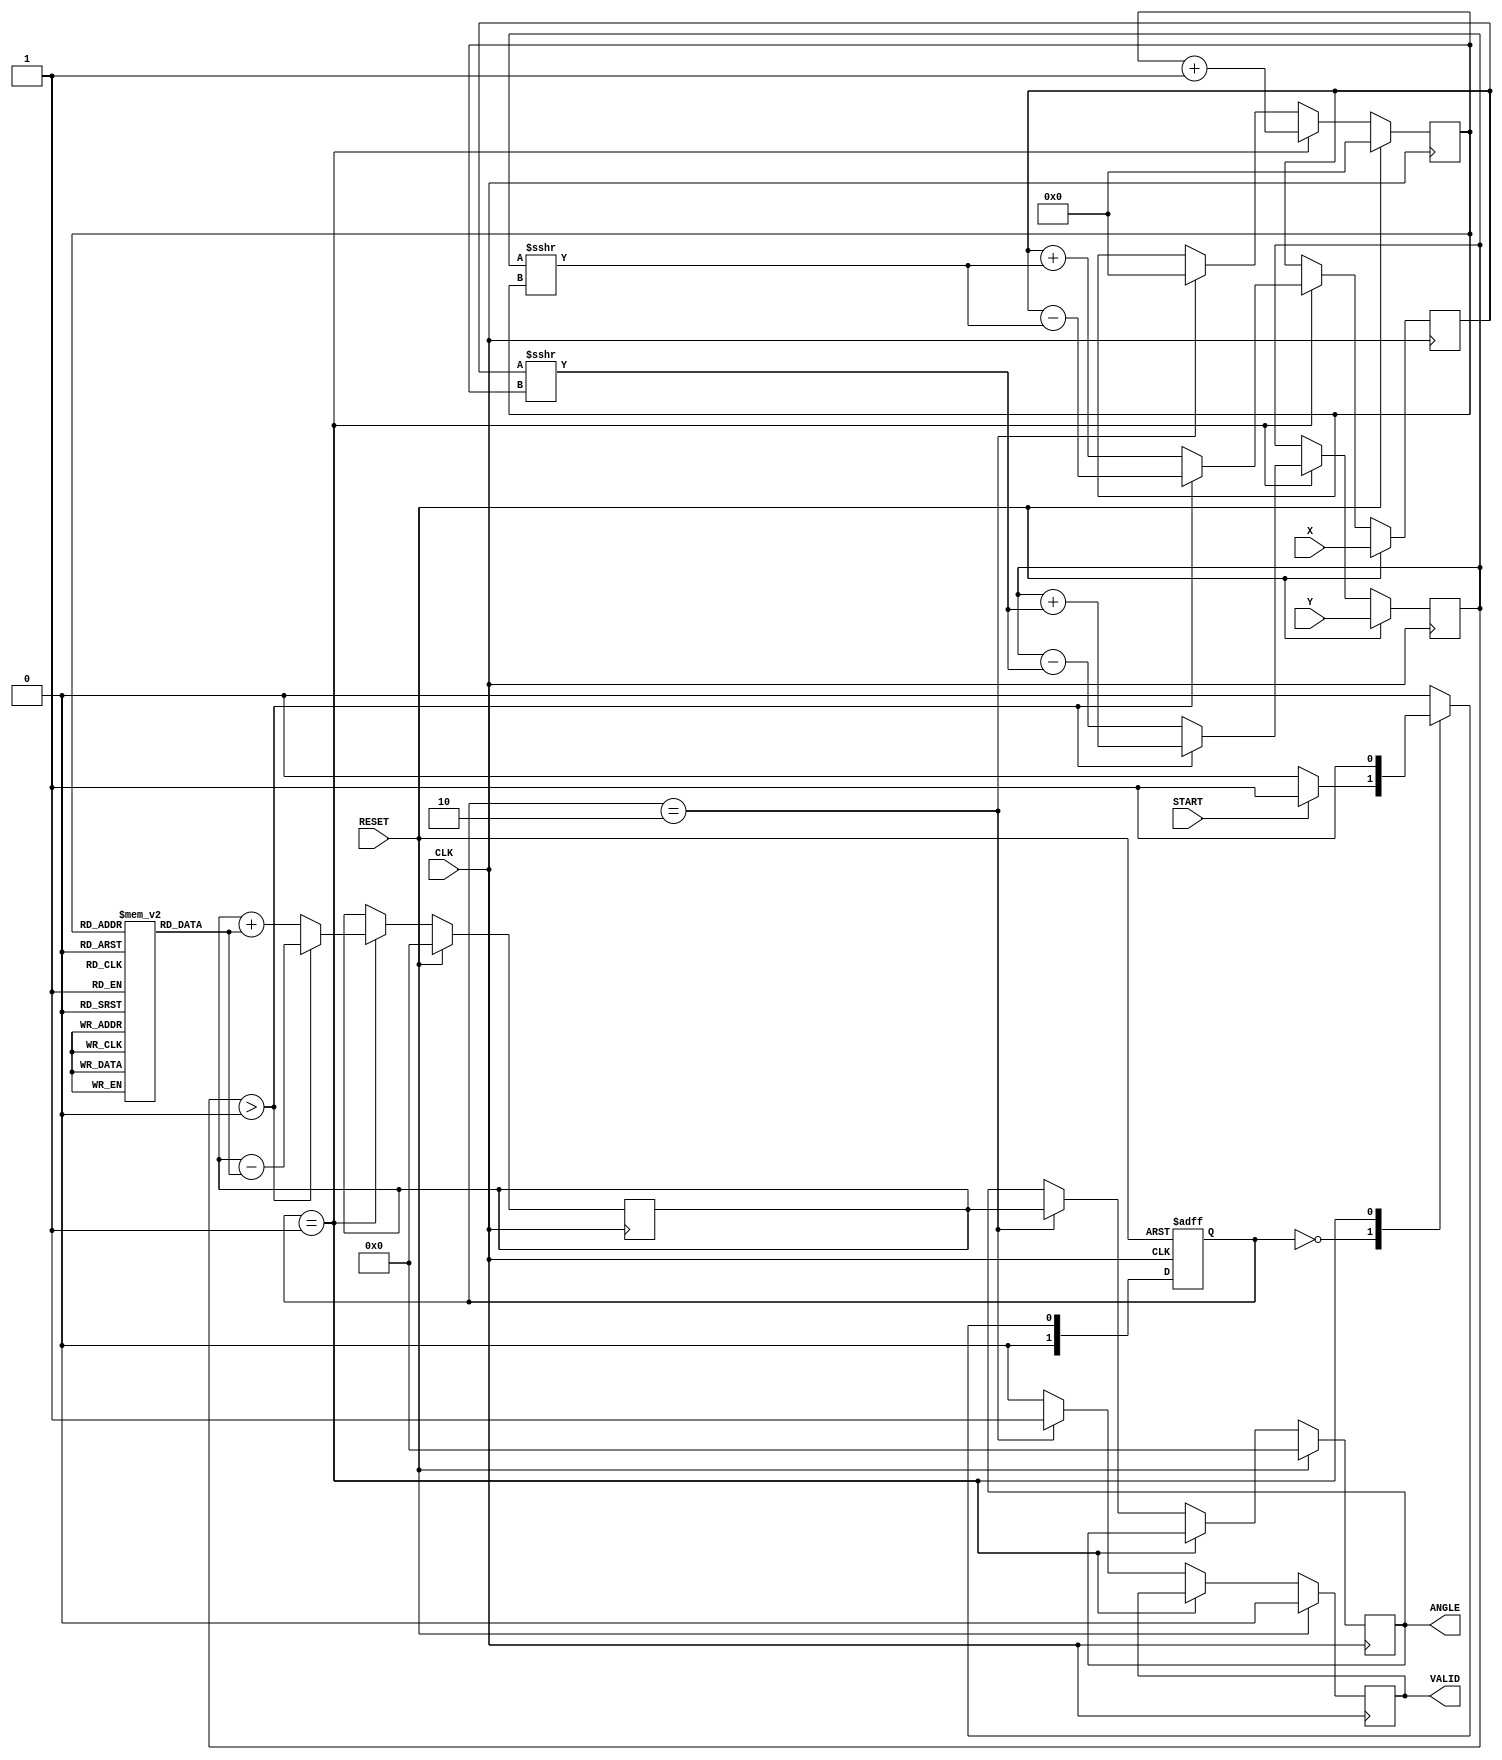
module cordic_vectoring (
    input signed [15:0] X,        // X coordinate input
    input signed [15:0] Y,        // Y coordinate input
    input CLK,                    // Clock signal
    input RESET,                  // Asynchronous reset
    input START,                  // Start signal
    output reg signed [15:0] ANGLE, // Computed angle output
    output reg VALID              // Output valid signal
);

    // Constants
    parameter ITERATIONS = 16;         // Number of iterations
    reg signed [15:0] atan_table [0:ITERATIONS-1]; // Lookup table for atan(2^(-i))
    initial begin
        atan_table[0] = 16'h1DAC; // atan(1/2^0) in fixed-point format
        atan_table[1] = 16'h1A3D; // atan(1/2^1)
        atan_table[2] = 16'h18D5; // atan(1/2^2)
        atan_table[3] = 16'h174A; // atan(1/2^3)
        atan_table[4] = 16'h1609; // atan(1/2^4)
        atan_table[5] = 16'h14D5; // atan(1/2^5)
        atan_table[6] = 16'h13D5; // atan(1/2^6)
        atan_table[7] = 16'h12E4; // atan(1/2^7)
        atan_table[8] = 16'h11E1; // atan(1/2^8)
        atan_table[9] = 16'h10E4; // atan(1/2^9)
        atan_table[10] = 16'h0FF4; // atan(1/2^{10})
        atan_table[11] = 16'h0EC5; // atan(1/2^{11})
        atan_table[12] = 16'h0DB4; // atan(1/2^{12})
        atan_table[13] = 16'h0C8C; // atan(1/2^{13})
        atan_table[14] = 16'h0B77; // atan(1/2^{14})
        atan_table[15] = 16'h0A7C; // atan(1/2^{15}) 
    end

    // Internal signals
    reg signed [15:0] X_reg, Y_reg, Z;
    reg [3:0] iter;
    reg [1:0] state, next_state;

    // State machine states
    localparam IDLE = 2'b00, COMPUTE = 2'b01, DONE = 2'b10;

    // State machine process
    always @(posedge CLK or posedge RESET) begin
        if (RESET) begin
            state <= IDLE;
        end else begin
            state <= next_state;
        end
    end

    // State machine next state logic
    always @(*) begin
        case (state)
            IDLE: begin
                if (START) begin
                    next_state = COMPUTE;
                end else begin
                    next_state = IDLE;
                end
            end
            COMPUTE: begin
                if (iter == ITERATIONS) begin
                    next_state = DONE;
                end else begin
                    next_state = COMPUTE;
                end
            end
            DONE: begin
                next_state = IDLE; // After DONE, move to IDLE
            end
            default: next_state = IDLE;
        endcase
    end

    // CORDIC iteration process
    always @(posedge CLK) begin
        if (RESET) begin
            X_reg <= X;
            Y_reg <= Y;
            Z <= 0;
            iter <= 0;
            VALID <= 0;
            ANGLE <= 0;
        end else if (state == COMPUTE) begin
            if (Y_reg > 0) begin
                // Clockwise rotation
                X_reg <= X_reg - (Y_reg >>> iter);
                Y_reg <= Y_reg + (X_reg >>> iter);
                Z <= Z - atan_table[iter];
            end else begin
                // Counter-clockwise rotation
                X_reg <= X_reg + (Y_reg >>> iter);
                Y_reg <= Y_reg - (X_reg >>> iter);
                Z <= Z + atan_table[iter];
            end
            iter <= iter + 1;
        end else if (state == DONE) begin
            VALID <= 1;
            ANGLE <= Z;
            iter <= 0; // Reset iter for the next computation
        end else begin
            VALID <= 0; // Keep VALID low unless done
        end
    end

endmodule